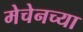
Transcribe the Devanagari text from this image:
मेचेनच्या